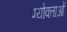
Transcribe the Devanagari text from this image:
पयोक्ताओं